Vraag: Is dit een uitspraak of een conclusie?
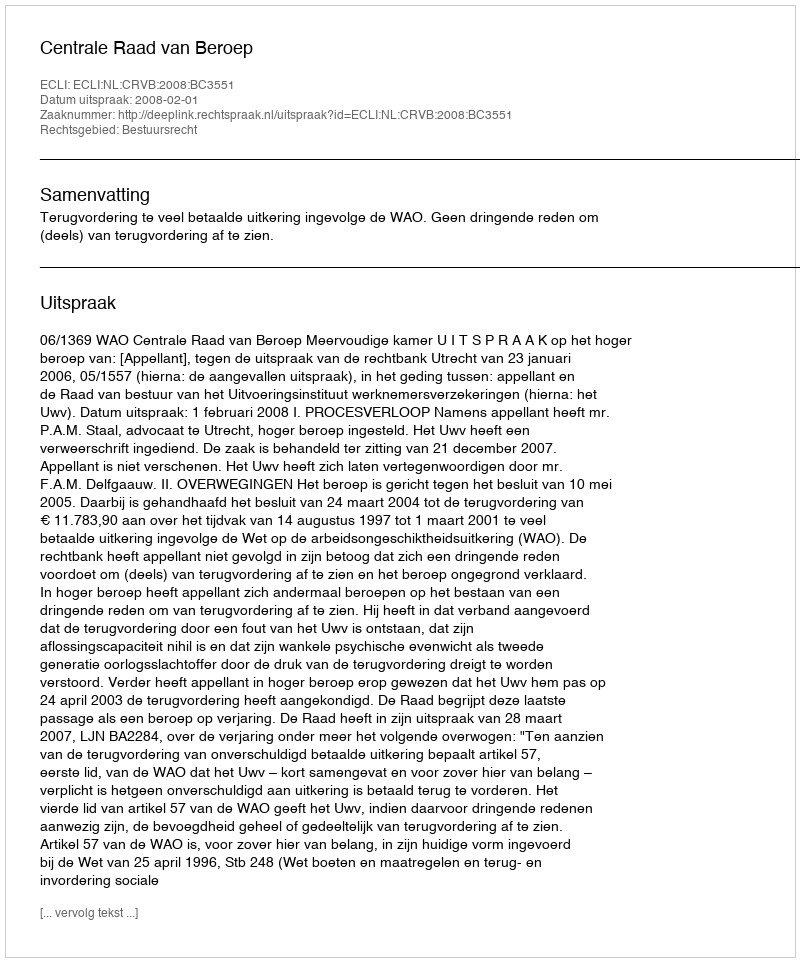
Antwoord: Uitspraak